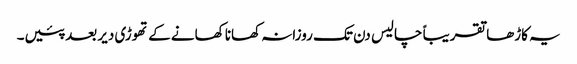
یہ کاڑھا تقریباً چالیس دن تک روزانہ کھانا کھانے کے تھوڑی دیر بعد پئیں۔